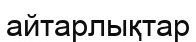
айтарлықтар